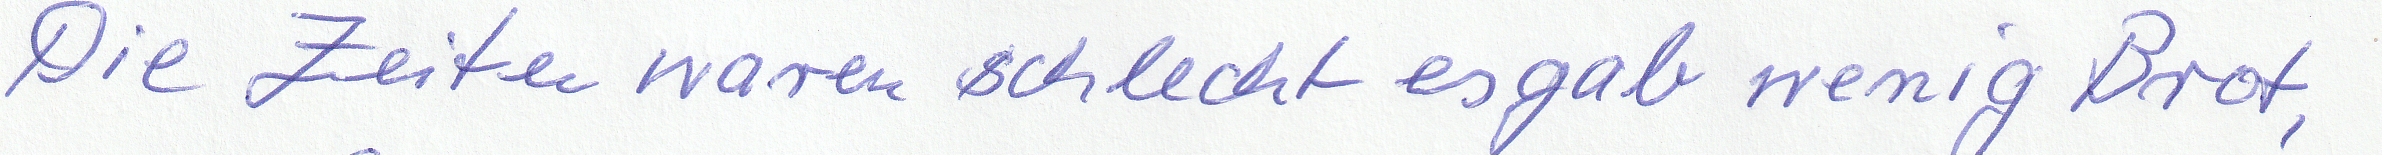
Die Zeiten waren schlecht es gab wenig Brot,